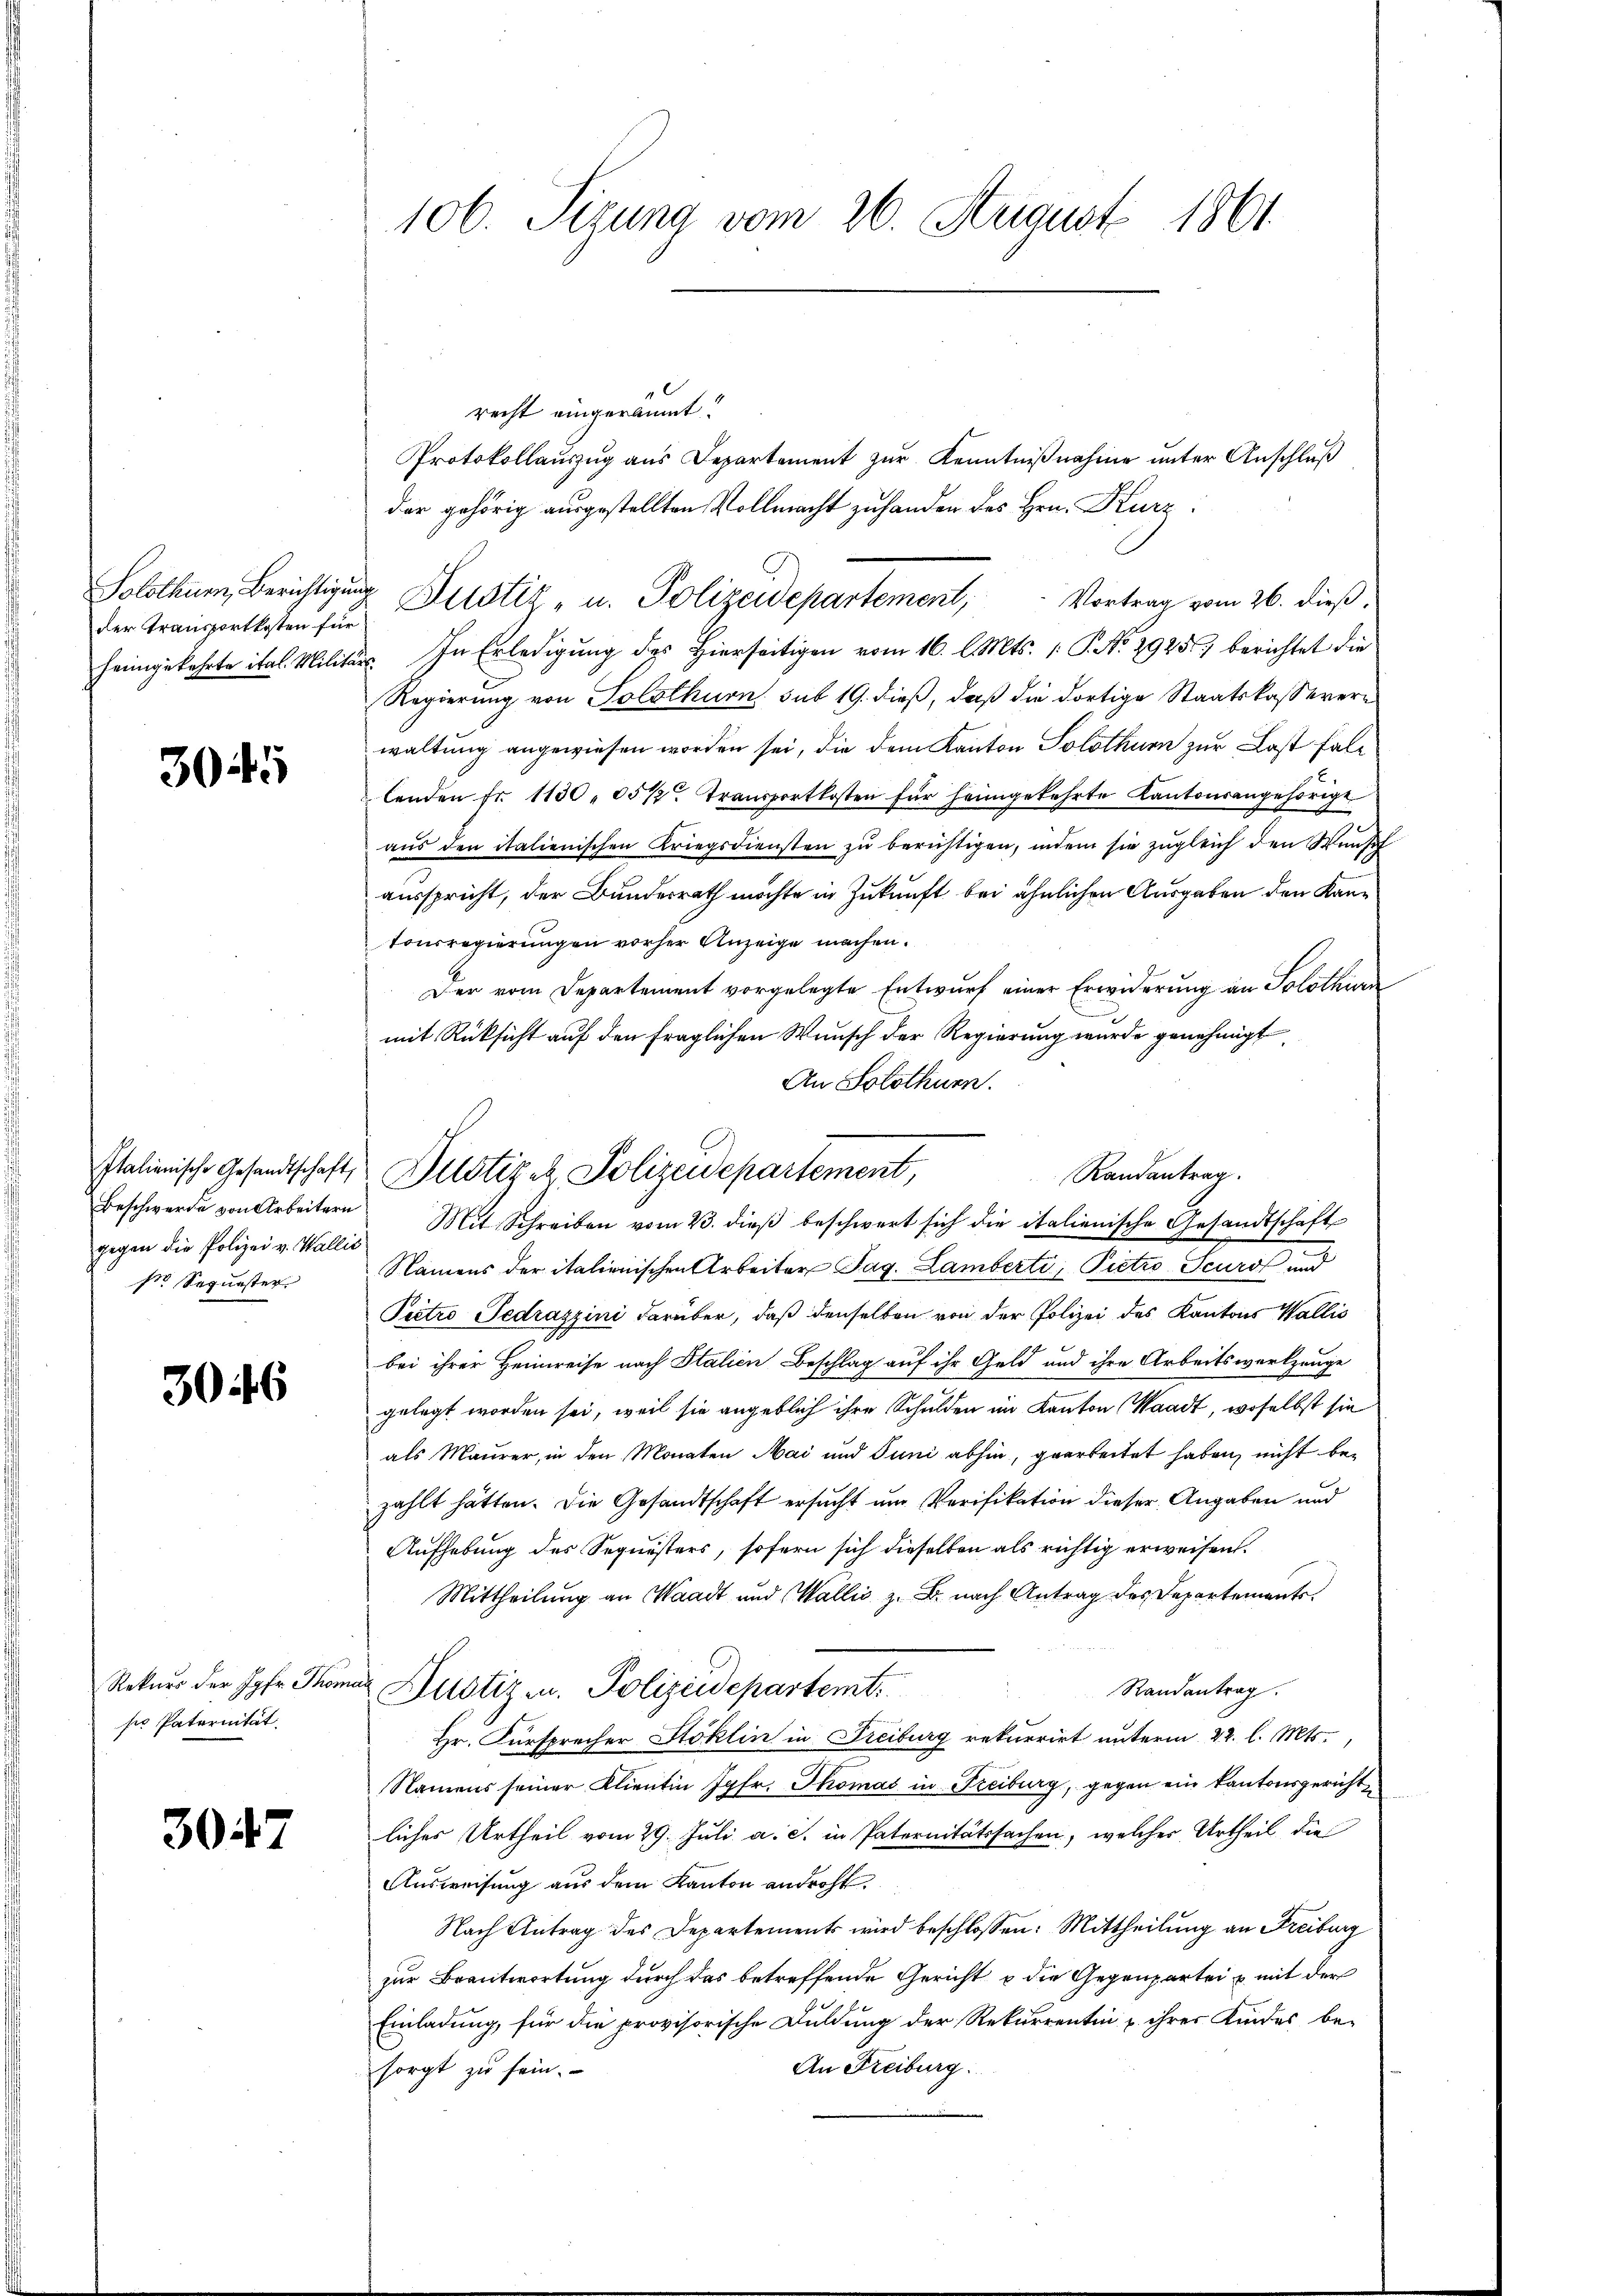
der Transportkosten für

3045

Italienische Gesandtschaft,
Beschwerde von Arbeitern
sr Sequester.

3046

Rekurs der Jgfr. Thon
ser Paternität.

3047

106. Sizung vom 26. August 1861.

recht eingeräumt.
Protokollaŭszŭg aŭs Departement zŭr Kenntniβnahme unter Anschluß
der gehörig ausgestellten Vollmacht zu handen des Hrn. Kurz
heimgekehrte ital. Militär. In Erledigŭng des hierseitigen vom 16. l. Mts. 1. P. No. 2925) berichtet die
Regierung von Solothurn sub 19. dieß, daß die dortige Staatskasserern
waltung angewiesen worden sei, die dem Kanton Solothurn zur Last fallenden Fr. 1130 " 85 1/2. Transportkosten für heimgekehrte Kantonsangehörige
aŭs den italienischen Kriegsdiensten zŭ berichtigen, indem sie zŭgleich den Wunsch
ausspricht, der Bundesrath möchte in Zukunft bei ähnlichen Ausgaben den Kantonsregierungen vorher Anzeige machen.
Der vom Departement vorgelegte Entwurf einer Erwiderung an Solothurn
mit Rücksicht auf den fraglichen Wunsch der Regierung wurde genehmigt,
An Solothurn.
Namens der italienischen Arbeiter Tag. Lamberti, Pietro Seurs und
Pietro Gedrazzini darüber, daß denselben von der Polizei des Kantons Wallis
bei ihrer Heimreise nach Italien Beschlag auf ihr Geld und ihre Arbeitswerkzeuge
gelegt worden sei, weil sie angeblich ihre Schulden im Kanton Waadt, woselbst sie
als Maurer, in den Monaten Mai und Juni abhin, gearbeitet haben, nicht bezählt hätten. Die Gesandtschaft ersucht um Verifikation dieser Angaben und
Aufhebung des Sequesters, sofern sich dieselben als richtig erweisen.
Mittheilung an Waadt und Wallis z. B. nach Antrag des Departements.
Randantrag.
in Dustiz u. Polizeidepartemt
Hr. Fürsprecher Stoklin in Freiburg rekurrirt unterm 22. l. Mts.,
Namens seiner Klientin Jgfr. Thomas in Freiburg, gegen ein Kantonsgerichtliches Urtheil vom 29. Juli a. c. in Paternitätssachen, welcher Urtheil die
Ausweisung aus dem Kanton androht.
Nach Antrag des Departements wird beschlossen: Mittheilung an Freiburg
zur Beantwortung durch das betreffende Gericht u die Gegenpartei u mit der
Einladung, für die provisorische Duldung der Rekurrentin u ihrer Kindes be-
An Freiburg.
sorgt zu sein.

Justiz & Polizeidepartement,
Randantrag.
gegen die Polizei v. Wallis Mit Schreiben vom 23. dieβ beschwert sich die italienische Gesandtschaft

Solothurn, Berichtigung Justiz- u. Polizeidepartement, Vortrag vom 26. dieß.